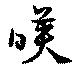
暎